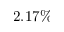
2 . 1 7 \%